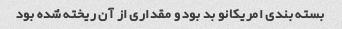
بسته بندی امریکانو بد بود و مقداری از آن ریخته شده بود